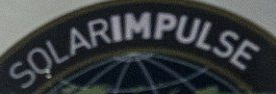
SOLARIMPULSE